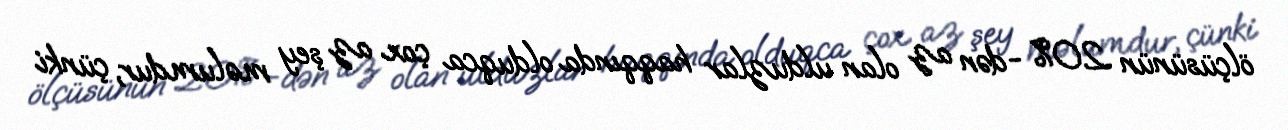
ölçüsünün 20% -dən az olan ulduzlar haqqında olduqca çox az şey məlumdur, çünki